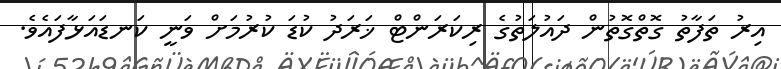
އިރު ތަފާތު ގޮތްގޮތުން ދައުލަތުގެ ރިކަރަންޓް ޚަރަދު ކުޑަ ކުރުމަށް ވަނީ ކަނޑައަޅާފައެވެ.